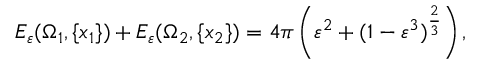
\begin{array} { r } { E _ { \varepsilon } ( \Omega _ { 1 } , \{ x _ { 1 } \} ) + E _ { \varepsilon } ( \Omega _ { 2 } , \{ x _ { 2 } \} ) = 4 \pi \left( \varepsilon ^ { 2 } + ( 1 - \varepsilon ^ { 3 } ) ^ { \frac { 2 } { 3 } } \right) , } \end{array}